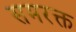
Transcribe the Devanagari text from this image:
समरक्त